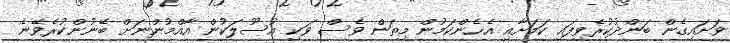
ވަށައިގެން ބަންދުކުރެވިފައި ކަމަށާއި އެހެންކަމުން މިތަން ވެސް ވަކި އުސޫލަކުން އާއްމުންނަށް ބޭނުންކުރެވޭނެ